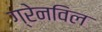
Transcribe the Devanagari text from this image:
ग्रेनविल